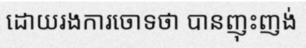
ដោយរងការចោទថា បានញុះញង់